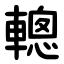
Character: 䡯